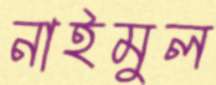
নাইমুল